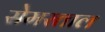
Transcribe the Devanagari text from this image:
सेमरताल